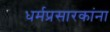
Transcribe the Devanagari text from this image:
धर्मप्रसारकांना